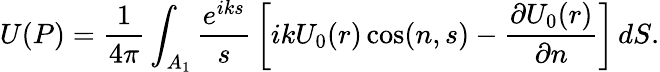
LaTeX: U(P)={\frac{1}{4\pi}}\int_{A_{1}}{\frac{e^{iks}}{s}}\left[ikU_{0}(r)\cos(n,s)-{\frac{\partial U_{0}(r)}{\partial n}}\right]\, dS.